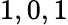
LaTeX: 1,0,1